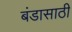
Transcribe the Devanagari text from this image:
बंडासाठी